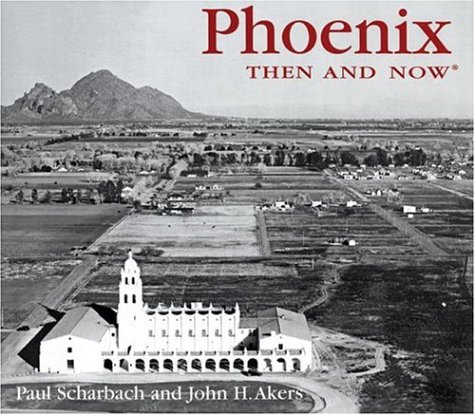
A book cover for Phoenix Then and Now (Then & Now); Paul Scharbach; Travel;